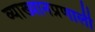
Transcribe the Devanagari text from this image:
व्याख्यानप्रणाली